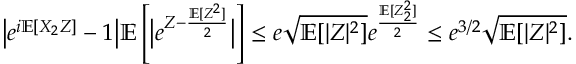
\big | e ^ { i { \ensuremath { \mathbb E } } [ X _ { 2 } Z ] } - 1 \big | { \ensuremath { \mathbb E } } \left[ \big | e ^ { Z - \frac { { \ensuremath { \mathbb E } } [ Z ^ { 2 } ] } { 2 } } \big | \right] \le e \sqrt { { \ensuremath { \mathbb E } } [ | Z | ^ { 2 } ] } e ^ { \frac { { \ensuremath { \mathbb E } } [ Z _ { 2 } ^ { 2 } ] } { 2 } } \le e ^ { 3 / 2 } \sqrt { { \ensuremath { \mathbb E } } [ | Z | ^ { 2 } ] } .